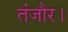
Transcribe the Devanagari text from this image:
तंजौर।